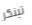
تينكر